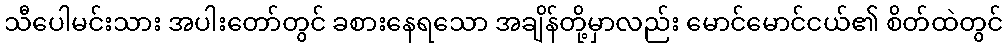
သီပေါမင်းသား အပါးတော်တွင် ခစားနေရသော အချိန်တို့မှာလည်း မောင်မောင်ငယ်၏ စိတ်ထဲတွင်